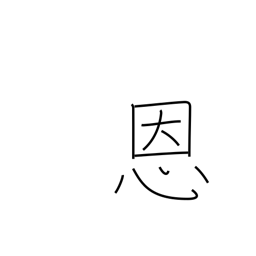
Meaning: blessing